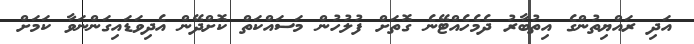
އަދި ރައްޔިތުންގެ އިތުބާރު ދެމެހެއްޓޭނެ ގޮތަށް ފުލުހުން މަސައްކަތް ކޮށްދޭން އެދިވަޑައިގަންނަވާ ކަމަށް